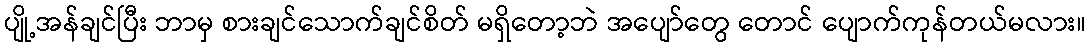
ပျို့အန်ချင်ပြီး ဘာမှ စားချင်သောက်ချင်စိတ် မရှိတော့ဘဲ အပျော်တွေ တောင် ပျောက်ကုန်တယ်မလား။